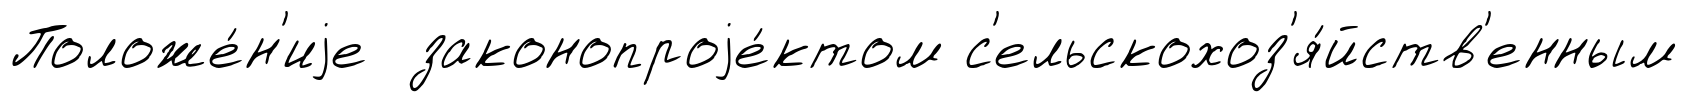
Положе́н'иjе законопроjе́ктом с'ельскохоз'я́йств'енным